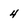
Character: 4